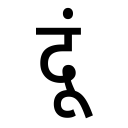
OCR:
दूं